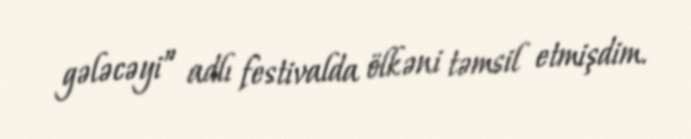
gələcəyi” adlı festivalda ölkəni təmsil etmişdim.